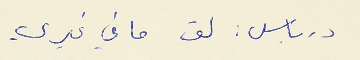
درباس : لق ما في غيري